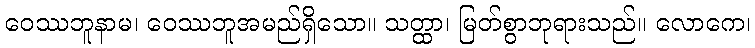
ဝေဿဘူနာမ၊ ဝေဿဘူအမည်ရှိသော။ သတ္ထာ၊ မြတ်စွာဘုရားသည်။ လောကေ၊